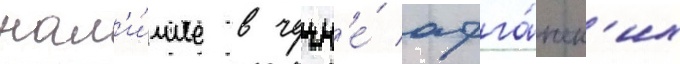
нал'и́чие в чечн'е́ афга́нск'их